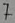
Text: 7